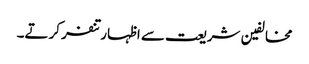
مخالفین شریعت سے اظہار تنفر کرتے۔